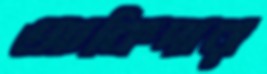
আকিদার